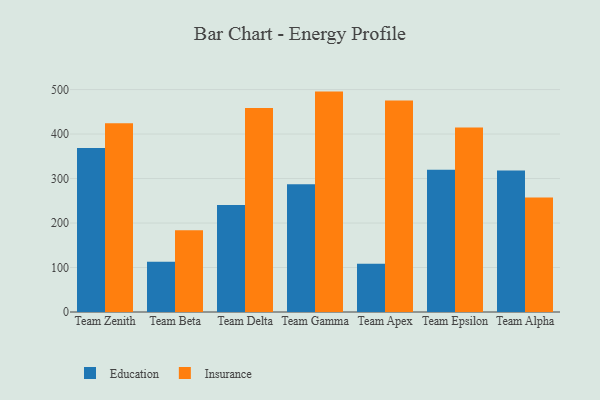
{"axis": {"x": "Team", "y": "Net Income (USD K)"}, "legend": ["Education", "Insurance"], "data": [{"x": "Team Zenith", "y": 368.7, "type": "Education"}, {"x": "Team Zenith", "y": 424.0, "type": "Insurance"}, {"x": "Team Beta", "y": 112.8, "type": "Education"}, {"x": "Team Beta", "y": 183.9, "type": "Insurance"}, {"x": "Team Delta", "y": 240.6, "type": "Education"}, {"x": "Team Delta", "y": 458.8, "type": "Insurance"}, {"x": "Team Gamma", "y": 287.4, "type": "Education"}, {"x": "Team Gamma", "y": 495.4, "type": "Insurance"}, {"x": "Team Apex", "y": 108.5, "type": "Education"}, {"x": "Team Apex", "y": 475.4, "type": "Insurance"}, {"x": "Team Epsilon", "y": 319.8, "type": "Education"}, {"x": "Team Epsilon", "y": 414.8, "type": "Insurance"}, {"x": "Team Alpha", "y": 318.2, "type": "Education"}, {"x": "Team Alpha", "y": 257.2, "type": "Insurance"}]}